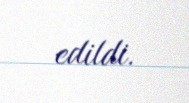
edildi.